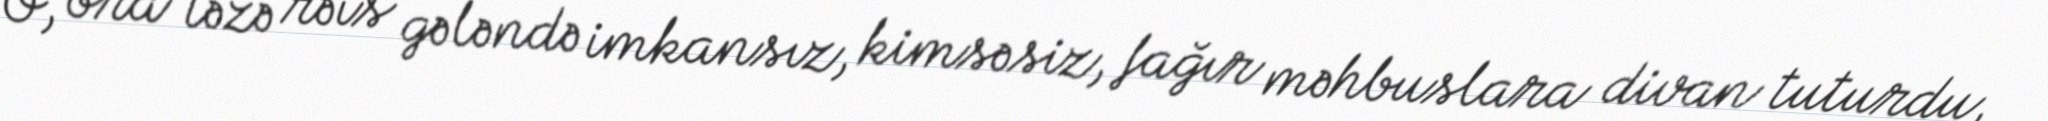
O, ora təzə rəis gələndə imkansız, kimsəsiz, fağır məhbuslara divan tuturdu,